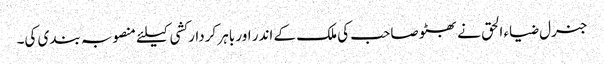
جنرل ضیاء الحق نے بھٹو صاحب کی ملک کے اندر اور باہر کردار کشی کیلئے منصوبہ بندی کی۔